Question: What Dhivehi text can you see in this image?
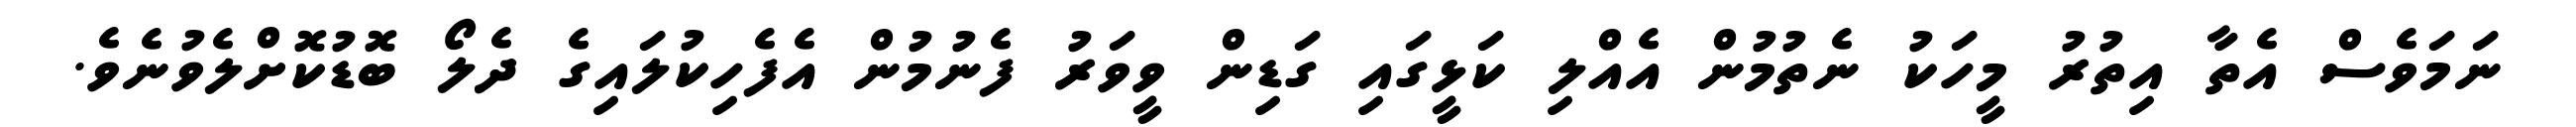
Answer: ނަމަވެސް އެތާ އިތުރު މީހަކު ނެތުމުން އެއްލި ކަޅީގައި ގަޑިން ވީވަރު ފެނުމުން އެފެހިކުލައިގެ ދެލޯ ބޮޑުކޮށްލެވުނެވެ.